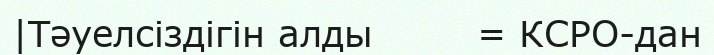
|Тәуелсіздігін алды        = КСРО-дан